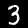
Digit: 3